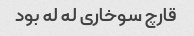
قارچ سوخاری له له بود